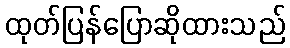
ထုတ်ပြန်ပြောဆိုထားသည်